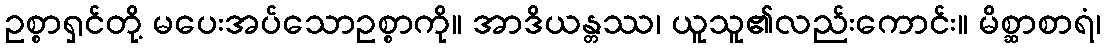
ဥစ္စာရှင်တို့ မပေးအပ်သောဥစ္စာကို။ အာဒိယန္တဿ၊ ယူသူ၏လည်းကောင်း။ မိစ္ဆာစာရံ၊